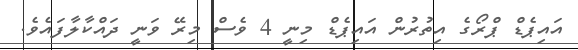
އައިޕެޑް ޕްރޯގެ އިތުރުން އައިޕެޑް މިނީ 4 ވެސް މިރޭ ވަނީ ދައްކާލާފައެވެ.